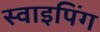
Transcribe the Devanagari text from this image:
स्वाइपिंग